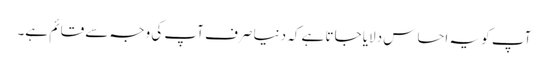
آپ کو یہ احساس دلایا جاتا ہے کہ دنیا صرف آپ کی وجہ سے قائم ہے۔